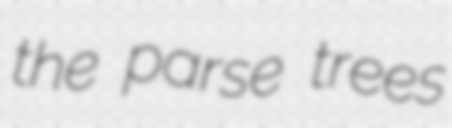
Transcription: the parse trees